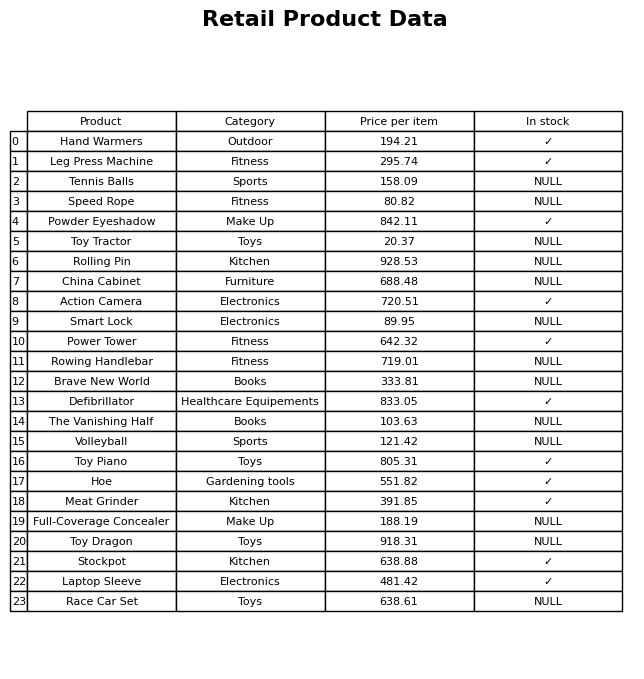
question: What is the price for The Vanishing Half?
answer: The price of The Vanishing Half is 103.63.